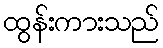
ထွန်းကားသည်